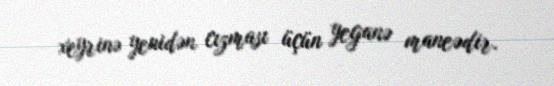
xeyrinə yenidən cızması üçün yeganə maneədir.